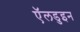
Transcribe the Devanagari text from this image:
ऍलडुइन